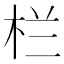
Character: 栏